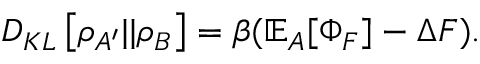
D _ { K L } \left[ \rho _ { A ^ { \prime } } | | \rho _ { B } \right] = \beta ( \mathbb { E } _ { A } [ \Phi _ { F } ] - \Delta F ) .